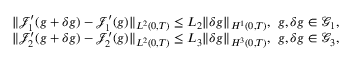
\begin{array} { r } { \Vert \mathcal { J } _ { 1 } ^ { \prime } ( g + \delta g ) - \mathcal { J } _ { 1 } ^ { \prime } ( g ) \Vert _ { L ^ { 2 } ( 0 , T ) } \leq L _ { 2 } \Vert \delta g \Vert _ { H ^ { 1 } ( 0 , T ) } , \ g , \delta g \in \mathcal { G } _ { 1 } , } \\ { \Vert \mathcal { J } _ { 2 } ^ { \prime } ( g + \delta g ) - \mathcal { J } _ { 2 } ^ { \prime } ( g ) \Vert _ { L ^ { 2 } ( 0 , T ) } \leq L _ { 3 } \Vert \delta g \Vert _ { H ^ { 3 } ( 0 , T ) } , \ g , \delta g \in \mathcal { G } _ { 3 } , } \end{array}